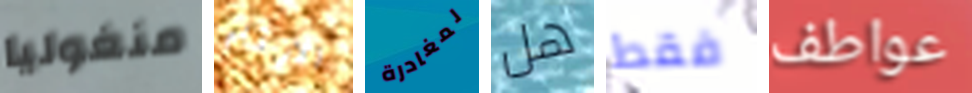
منغوليا الارقام لمغادرة هل فقط عواطف